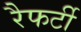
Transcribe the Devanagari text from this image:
रैफर्टी